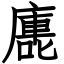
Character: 廤